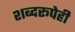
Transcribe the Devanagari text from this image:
शब्दरूपेही